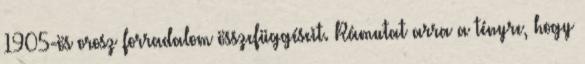
1905-ös orosz forradalom összefüggéseit. Rámutat arra a tényre, hogy